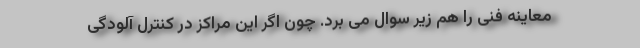
معاینه فنی را هم زیر سوال می برد. چون اگر این مراکز در کنترل آلودگی